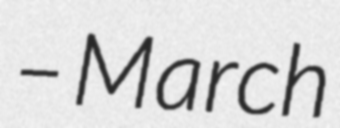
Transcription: – March